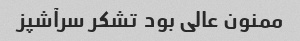
ممنون عالی بود  تشکر سرآشپز